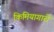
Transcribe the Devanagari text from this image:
किमियागारी